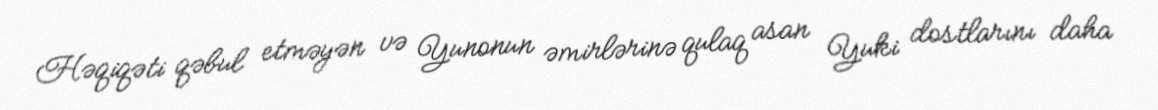
Həqiqəti qəbul etməyən və Yunonun əmirlərinə qulaq asan Yuki dostlarını daha